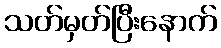
သတ်မှတ်ပြီးနောက်